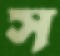
স